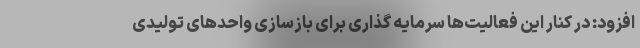
افزود: در کنار این فعالیت‌ها سرمایه گذاری برای بازسازی واحدهای تولیدی